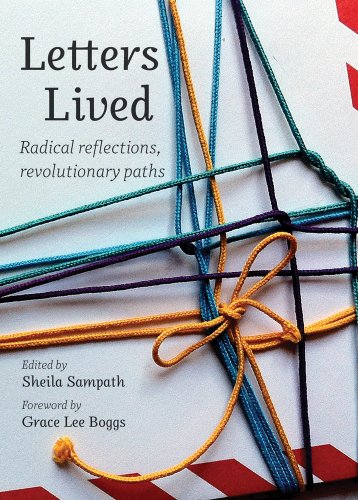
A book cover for Letters Lived: Radical Reflections, Revolutionary Paths; Sheila Sampath; Teen & Young Adult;